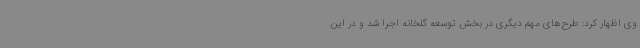
وی اظهار کرد: طرح‌های مهم دیگری در بخش توسعه گلخانه اجرا شد و در این